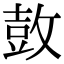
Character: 𮮦